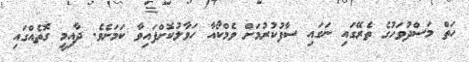
ހަތް މަސްދުވަހުގެ ތެރޭގައި ނަގައި ސާފުކުރުމަށް ވެމްކޯއާ ހަވާލުކޮށްފައިވާ ކަމަށެވެ. ދާއިމީ ގޮތެއްގައި